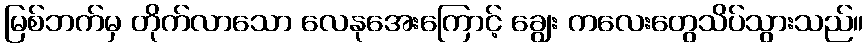
မြစ်ဘက်မှ တိုက်လာသော လေနုအေးကြောင့် ချွေး ကလေးတွေသိပ်သွားသည်။